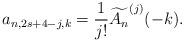
LaTeX: \begin{align*} a_{n,2s+4-j,k} = \frac{1}{j!}\widetilde{A_n}^{(j)}(-k).\end{align*}